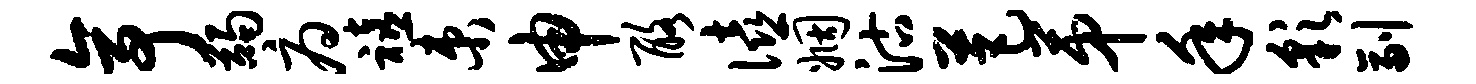
亭蠲府禧束申酪僖姻沽芭第年彩副